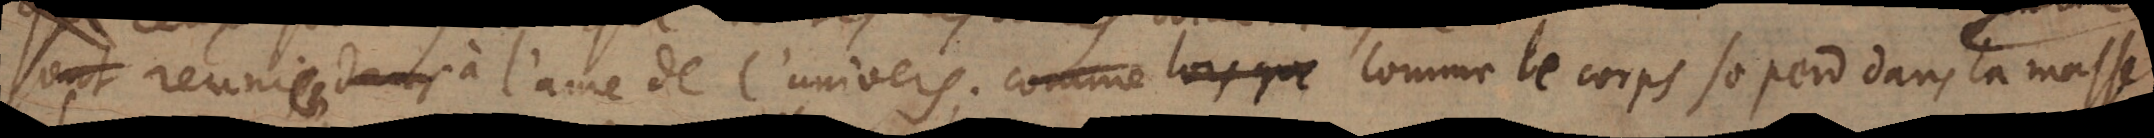
reunies dans à l’ame de l’univers; comme lorsque comme le corps se perd dans la masse